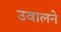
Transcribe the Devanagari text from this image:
उवालने